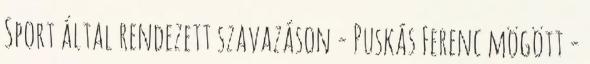
Sport által rendezett szavazáson - Puskás Ferenc mögött -